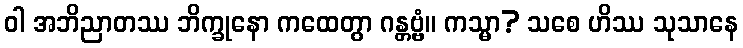
ဝါ အဘိညာတဿ ဘိက္ခုနော ကထေတွာ ဂန္တဗ္ဗံ။ ကသ္မာ? သစေ ဟိဿ သုသာနေ